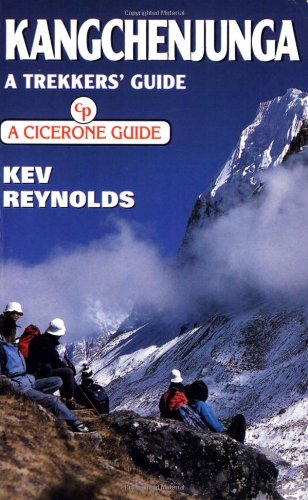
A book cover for Kangchenjunga: A Trekker's Guide (Cicerone Guide); Kev Reynolds; Travel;